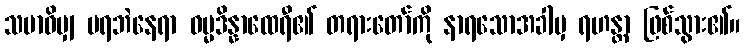
သမာဓိမျှ မရဘဲနေရာ ဓမ္မဒိန္နာထေရီ၏ တရားတော်ကို နာရသောအခါမှ ရဟန္တာ ဖြစ်သွား၏။